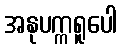
အနုပက္ကရူပေါ